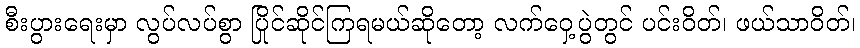
စီးပွားရေးမှာ လွပ်လပ်စွာ ပြိုင်ဆိုင်ကြရမယ်ဆိုတော့ လက်ဝှေ့ပွဲတွင် ပင်းဝိတ်၊ ဖယ်သာဝိတ်၊